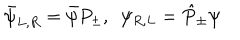
LaTeX: \bar { \psi } _ { L , R } = \bar { \psi } P _ { \pm } , \ \ \psi _ { R , L } = \hat { P } _ { \pm } \psi